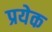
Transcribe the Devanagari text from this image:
प्रयेक